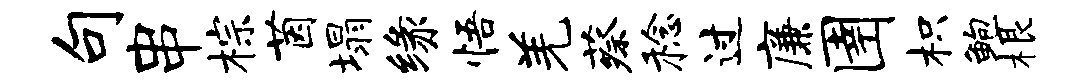
句串棕茵塌缘悟羌蔡稔过廉圉枳鲍根